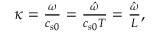
\begin{array} { r } { \kappa = \frac { \omega } { c _ { s 0 } } = \frac { \hat { \omega } } { c _ { s 0 } T } = \frac { \hat { \omega } } { L } , } \end{array}